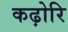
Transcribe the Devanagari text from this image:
कढ़ोरि